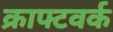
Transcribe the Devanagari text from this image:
क्राफ्टवर्क